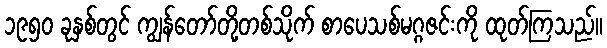
၁၉၅၀ ခုနှစ်တွင် ကျွန်တော်တို့တစ်သိုက် စာပေသစ်မဂ္ဂဇင်းကို ထုတ်ကြသည်။